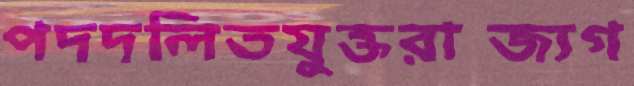
পদদলিতযুক্তরাজ্যগ